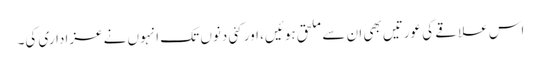
اس علاقے کی عورتیں بھی ان سے ملحق ہوئیں، اور کئی دنوں تک انہوں نے عزاداری کی۔